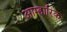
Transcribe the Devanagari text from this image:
आम्हारिक